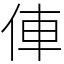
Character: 俥